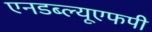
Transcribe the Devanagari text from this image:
एनडब्ल्यूएफपी